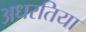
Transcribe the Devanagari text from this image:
अधरतिया